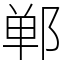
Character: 郸